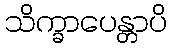
သိက္ခာပေန္တာပိ